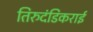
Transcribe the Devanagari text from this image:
तिरुदंडिकराई